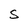
Character: s